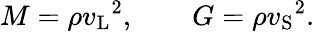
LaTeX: M=\rho{v_{\mathrm{L}}}^{2},\qquad G=\rho{v_{\mathrm{S}}}^{2}.